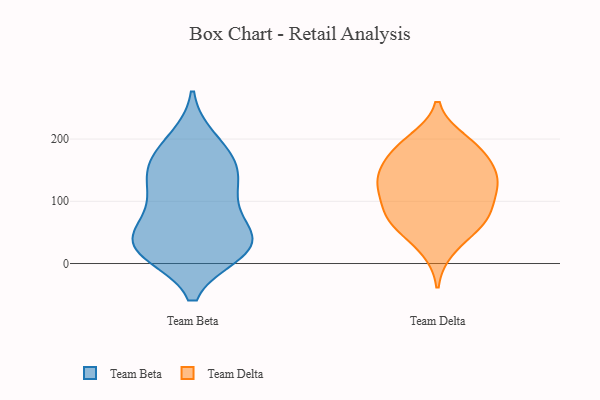
{"axis": {"x": "Energy Usage (MWh)", "y": "Value"}, "legend": ["Team Beta", "Team Delta"], "data": [{"x": "", "y": 18, "type": "Team Beta"}, {"x": "", "y": 109, "type": "Team Beta"}, {"x": "", "y": 188, "type": "Team Beta"}, {"x": "", "y": 44, "type": "Team Beta"}, {"x": "", "y": 153, "type": "Team Beta"}, {"x": "", "y": 100, "type": "Team Beta"}, {"x": "", "y": 34, "type": "Team Beta"}, {"x": "", "y": 88, "type": "Team Beta"}, {"x": "", "y": 199, "type": "Team Beta"}, {"x": "", "y": 25, "type": "Team Beta"}, {"x": "", "y": 161, "type": "Team Beta"}, {"x": "", "y": 39, "type": "Team Beta"}, {"x": "", "y": 19, "type": "Team Beta"}, {"x": "", "y": 144, "type": "Team Beta"}, {"x": "", "y": 145, "type": "Team Beta"}, {"x": "", "y": 19, "type": "Team Beta"}, {"x": "", "y": 47, "type": "Team Beta"}, {"x": "", "y": 123, "type": "Team Delta"}, {"x": "", "y": 84, "type": "Team Delta"}, {"x": "", "y": 65, "type": "Team Delta"}, {"x": "", "y": 59, "type": "Team Delta"}, {"x": "", "y": 188, "type": "Team Delta"}, {"x": "", "y": 80, "type": "Team Delta"}, {"x": "", "y": 72, "type": "Team Delta"}, {"x": "", "y": 133, "type": "Team Delta"}, {"x": "", "y": 173, "type": "Team Delta"}, {"x": "", "y": 24, "type": "Team Delta"}, {"x": "", "y": 132, "type": "Team Delta"}, {"x": "", "y": 182, "type": "Team Delta"}, {"x": "", "y": 148, "type": "Team Delta"}, {"x": "", "y": 197, "type": "Team Delta"}, {"x": "", "y": 138, "type": "Team Delta"}, {"x": "", "y": 113, "type": "Team Delta"}]}